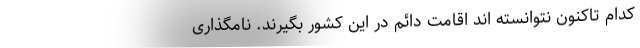
کدام تاکنون نتوانسته اند اقامت دائم در این کشور بگیرند. نامگذاری